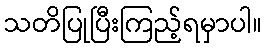
သတိပြုပြီးကြည့်ရမှာပါ။